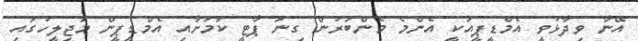
އޭނާ ވިދާޅުވީ އެމްޑީޕީއަކީ އެންމެ މެންބަރުން ގިނަ ޕާޓީ ކަމަށާއި އެމްޑީޕީން މަޖިލީހުގައި